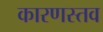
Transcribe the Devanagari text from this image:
कारणस्तव